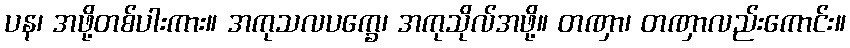
ပန၊ အဖို့တစ်ပါးကား။ အကုသလပက္ခေ၊ အကုသိုလ်အဖို့။ တဏှာ၊ တဏှာလည်းကောင်း။